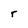
Character: r